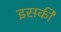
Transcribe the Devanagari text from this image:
इसकीे